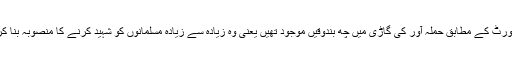
میڈیا رپورٹ کے مطابق حملہ آور کی گاڑی میں چھ بندوقیں موجود تھیں یعنی وہ زیادہ سے زیادہ مسلمانوں کو شہید کرنے کا منصوبہ بنا کر آیا تھا۔